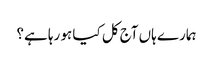
ہمارے ہاں آج کل کیا ہو رہا ہے؟